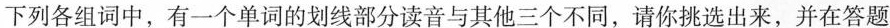
下列各组词中,有一个单词的划线部分读音与其他三个不同,请你挑选出来,并在答题